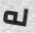
له